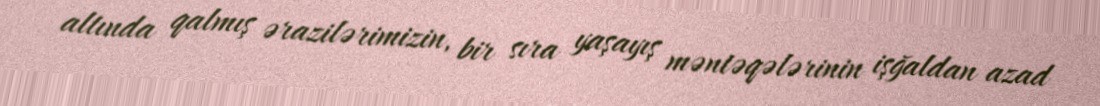
altında qalmış ərazilərimizin, bir sıra yaşayış məntəqələrinin işğaldan azad